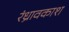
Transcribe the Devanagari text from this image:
रंध्रावकाश